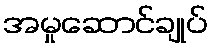
အမှုဆောင်ချုပ်